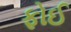
ફોઈ